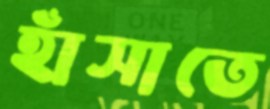
হাঁসাতে